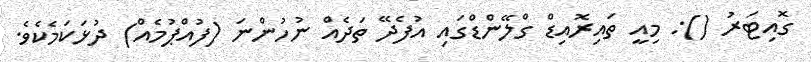
ގޮއިޓަރު (): މިއީ ތައިރޮއިޑް ގްލޭންޑްގައި އުފެދޭ ތަދެއް ނުހުންނަ (ފުއްޕުމެއް) ދުޅަކަމެކެވެ.